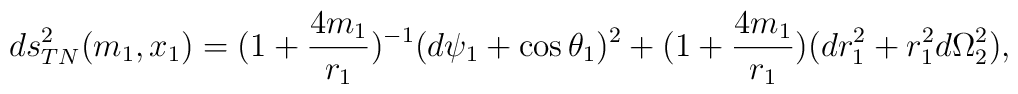
ds^2_{TN}(m_1,x_{1}) = (1+ \frac{4m_{1}}{r_{1}})^{-1} (d\psi_{1} + \cos\theta_{1})^2 + (1+ \frac{4m_{1}}{r_{1}})(dr_{1}^2 + r_{1}^2 d\Omega_{2}^2),